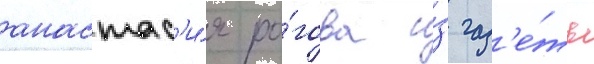
анастас'и́я ро́гова и́з газ'е́ты